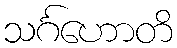
သင်္ဂဟောတိ